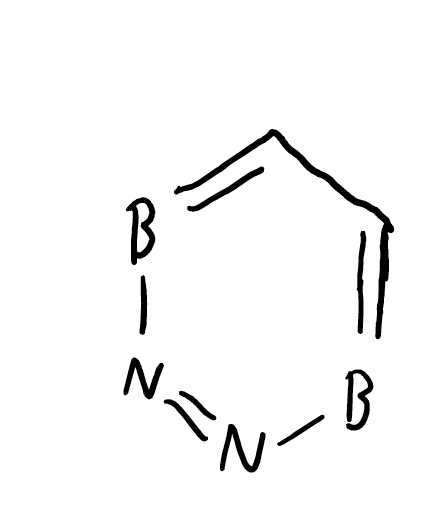
Simplified molecular-input line-entry system (SMILES) notation of the given molecule:
B1=CC=BN=N1